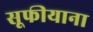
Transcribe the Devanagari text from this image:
सूफीयाना